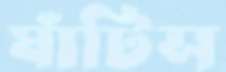
ঘাঁটিস